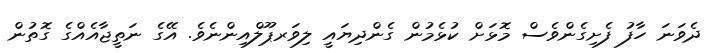
ދެވަނަ ހާފު ފެށިގެންވެސް މޮޅަށް ކުޅެމުން ގެންދިޔައީ ލިވަރޕޫލްއިންނެވެ. އޭގެ ނަތީޖާއެއްގެ ގޮތުން